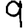
Digit: 9